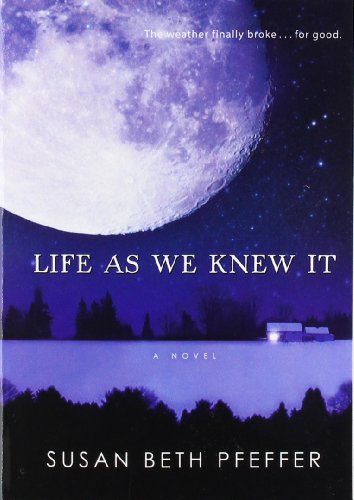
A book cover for Life as We Knew It; Susan Beth Pfeffer; Teen & Young Adult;